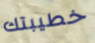
خطيبتك